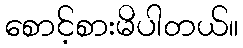
စောင့်စားမိပါတယ်။